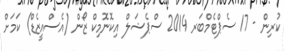
ކުރިން - 17 ސެޕްޓެމްބަރ 2014 ސްޕެޝަލް އިކޮނޮމިކް ޒޯން (އެސްއީޒެޑް) ކަމަށް